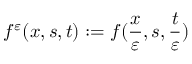
f ^ { \varepsilon } ( x , s , t ) : = f ( \frac { x } { \varepsilon } , s , \frac { t } { \varepsilon } )